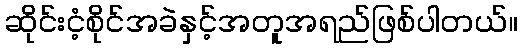
ဆိုင်းငံ့စိုင်အခဲနှင့်အတူအရည်ဖြစ်ပါတယ်။